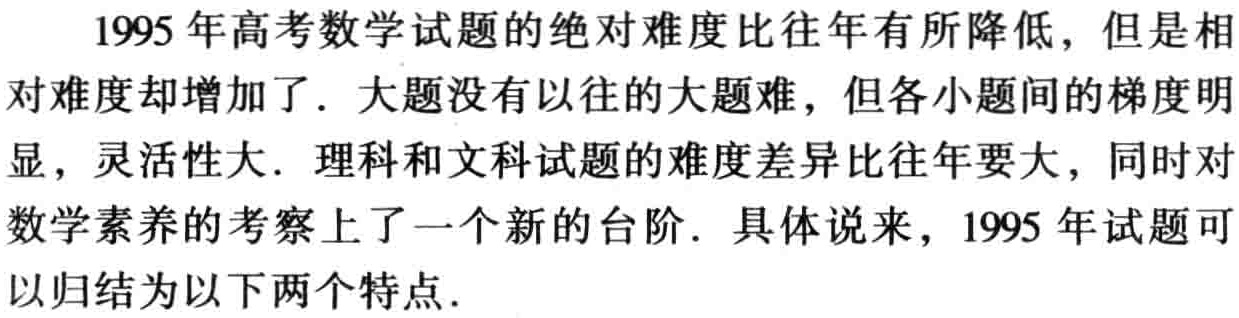
1995 年高考数学试题的绝对难度比往年有所降低，但是相

对难度却增加了．大题没有以往的大题难，但各小题间的梯度明

显，灵活性大．理科和文科试题的难度差异比往年要大，同时对

数学素养的考察上了一个新的台阶．具体说来，1995 年试题可

以归结为以下两个特点．